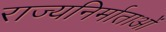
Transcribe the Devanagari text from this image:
राज्यनिर्माताओं